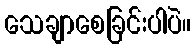
သေချာစေခြင်းပါပဲ။